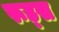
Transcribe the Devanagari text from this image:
रूड्स